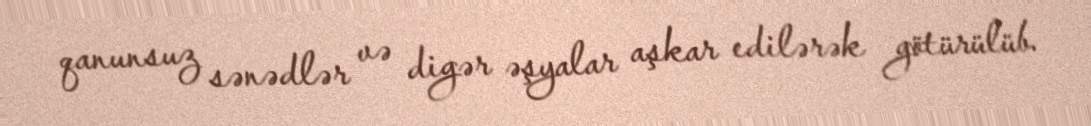
qanunsuz sənədlər və digər əşyalar aşkar edilərək götürülüb.